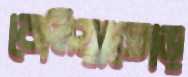
বেলিয়াতোড়